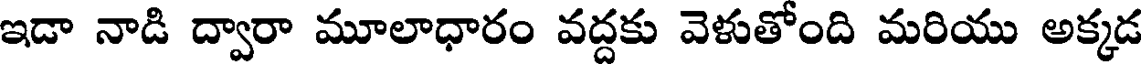
ఇడా నాడి ద్వారా మూలాధారం వద్దకు వెళుతోంది మరియు అక్కడ